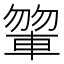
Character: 𨍂